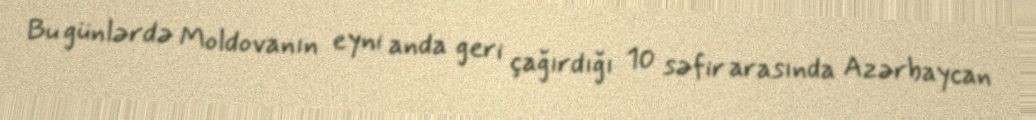
Bu günlərdə Moldovanın eyni anda geri çağırdığı 10 səfir arasında Azərbaycan